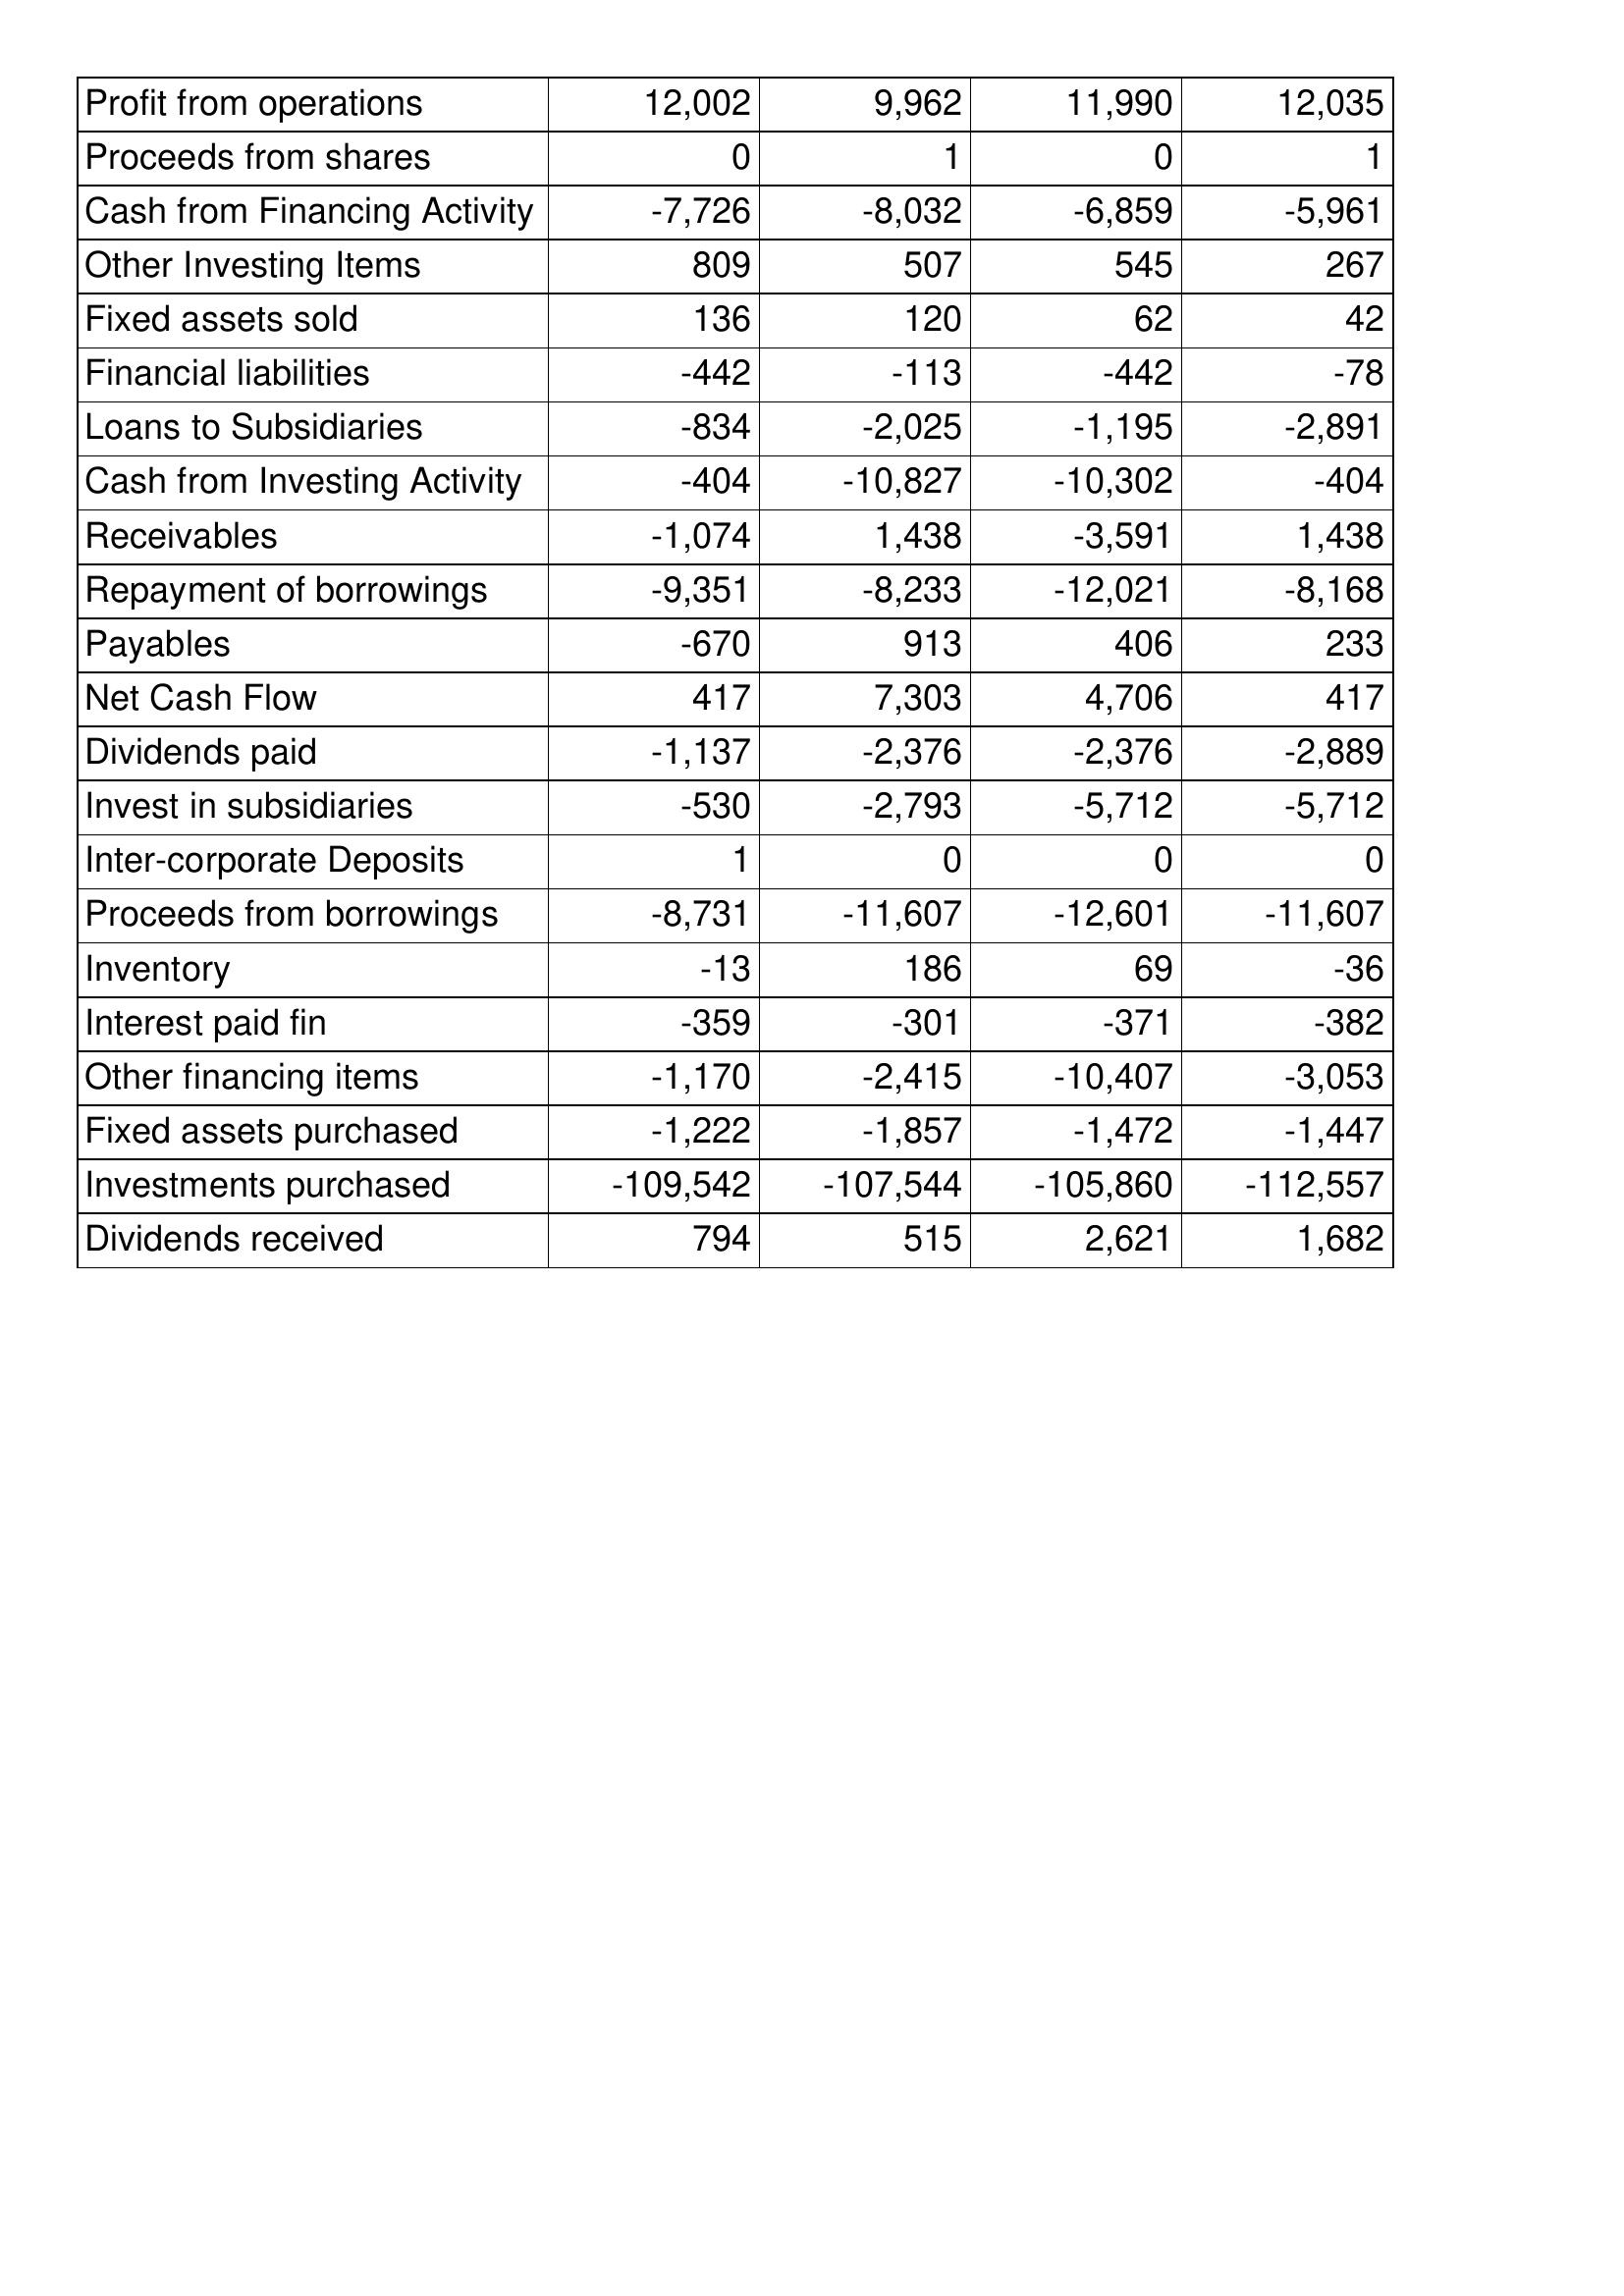
May-15: Cash Flows: Profit from operations: 12,002
Proceeds from shares: 0
Cash from Financing Activity: -7,726
Other Investing Items: 809
Fixed assets sold: 136
Financial liabilities: -442
Loans to Subsidiaries: -834
Cash from Investing Activity: -404
Receivables: -1,074
Repayment of borrowings: -9,351
Payables: -670
Net Cash Flow: 417
Dividends paid: -1,137
Invest in subsidiaries: -530
Inter-corporate Deposits: 1
Proceeds from borrowings: -8,731
Inventory: -13
Interest paid fin: -359
Other financing items: -1,170
Fixed assets purchased: -1,222
Investments purchased: -109,542
Dividends received: 794
May-14: Cash Flows: Profit from operations: 9,962
Proceeds from shares: 1
Cash from Financing Activity: -8,032
Other Investing Items: 507
Fixed assets sold: 120
Financial liabilities: -113
Loans to Subsidiaries: -2,025
Cash from Investing Activity: -10,827
Receivables: 1,438
Repayment of borrowings: -8,233
Payables: 913
Net Cash Flow: 7,303
Dividends paid: -2,376
Invest in subsidiaries: -2,793
Inter-corporate Deposits: 0
Proceeds from borrowings: -11,607
Inventory: 186
Interest paid fin: -301
Other financing items: -2,415
Fixed assets purchased: -1,857
Investments purchased: -107,544
Dividends received: 515
May-13: Cash Flows: Profit from operations: 11,990
Proceeds from shares: 0
Cash from Financing Activity: -6,859
Other Investing Items: 545
Fixed assets sold: 62
Financial liabilities: -442
Loans to Subsidiaries: -1,195
Cash from Investing Activity: -10,302
Receivables: -3,591
Repayment of borrowings: -12,021
Payables: 406
Net Cash Flow: 4,706
Dividends paid: -2,376
Invest in subsidiaries: -5,712
Inter-corporate Deposits: 0
Proceeds from borrowings: -12,601
Inventory: 69
Interest paid fin: -371
Other financing items: -10,407
Fixed assets purchased: -1,472
Investments purchased: -105,860
Dividends received: 2,621
May-12: Cash Flows: Profit from operations: 12,035
Proceeds from shares: 1
Cash from Financing Activity: -5,961
Other Investing Items: 267
Fixed assets sold: 42
Financial liabilities: -78
Loans to Subsidiaries: -2,891
Cash from Investing Activity: -404
Receivables: 1,438
Repayment of borrowings: -8,168
Payables: 233
Net Cash Flow: 417
Dividends paid: -2,889
Invest in subsidiaries: -5,712
Inter-corporate Deposits: 0
Proceeds from borrowings: -11,607
Inventory: -36
Interest paid fin: -382
Other financing items: -3,053
Fixed assets purchased: -1,447
Investments purchased: -112,557
Dividends received: 1,682